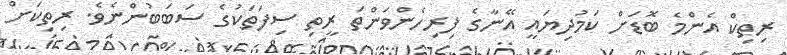
ރިތިކް އެންމެ ބޮޑަށް ކަމުދިޔައީ އޭނާގެ ފިރިހެންވަންތަ ރީތި ސިފަތަކުގެ ސަބަބުންނެވެ. ރިތިކަށް